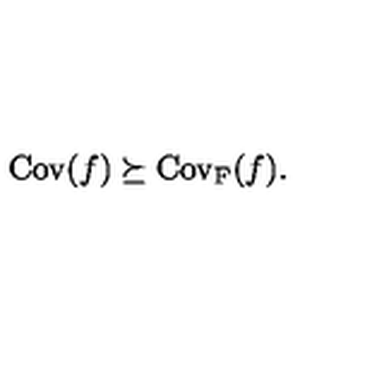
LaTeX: \mathrm { C o v } ( f ) \succeq \mathrm { C o v _ { F } } ( f ) .